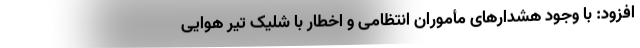
افزود: با وجود هشدارهای مأموران انتظامی و اخطار با شلیک تیر هوایی